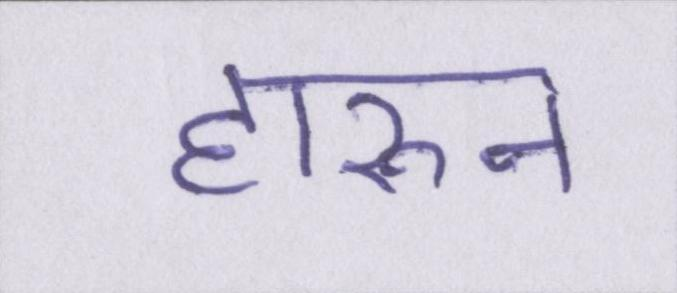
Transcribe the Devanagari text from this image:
हारुन